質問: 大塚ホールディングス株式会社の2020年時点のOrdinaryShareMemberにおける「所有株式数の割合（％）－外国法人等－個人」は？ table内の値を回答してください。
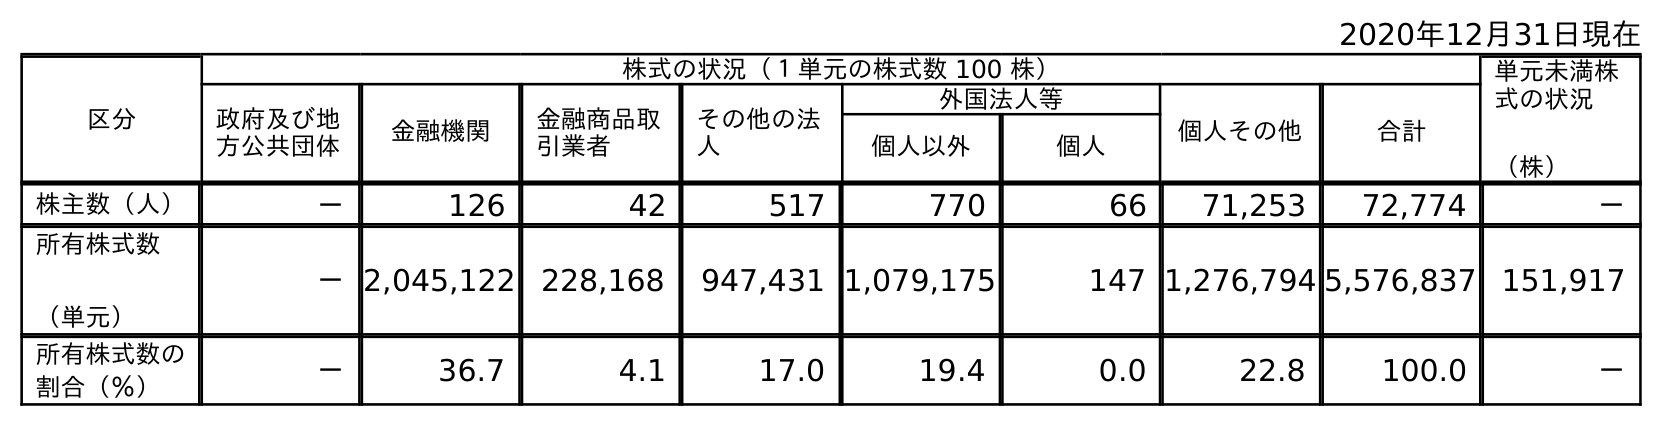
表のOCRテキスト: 2020年12月31日現在 区分 株式の状況（１単元の株式数 100 株） 単元未満株 式の状況 （株） 政府及び地 方公共団体 金融機関 金融商品取 引業者 その他の法 人 外国法人等 個人その他 合計 個人以外 個人 株主数（人） － 126 42 517 770 66 71,253 72,774 － 所有株式数 （単元） －2,045,122 228,168 947,431 1,079,175 147 1,276,794 5,576,837 151,917 所有株式数の 割合（％） － 36.7 4.1 17.0 19.4 0.0 22.8 100.0 －
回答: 0.0